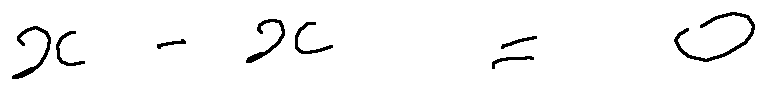
x - x = 0